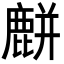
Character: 𪋋